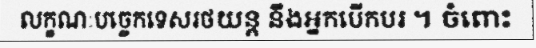
លក្ខណៈបច្ចេកទេសរថយន្ត នឹងអ្នកបើកបរ ។ ចំពោះ